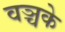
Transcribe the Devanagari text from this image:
वञ्चके